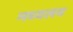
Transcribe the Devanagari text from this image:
मध्‍यलय